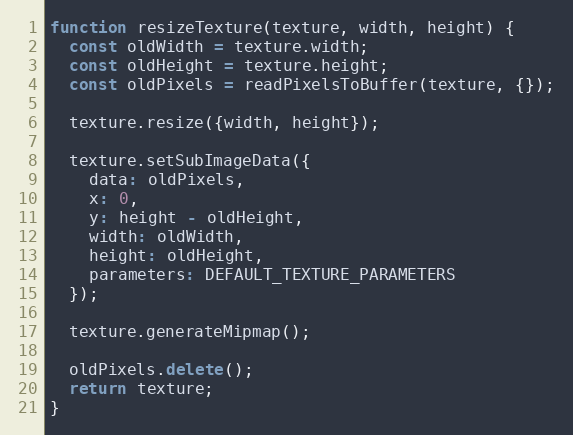
Language: JavaScript
function resizeTexture(texture, width, height) {
  const oldWidth = texture.width;
  const oldHeight = texture.height;
  const oldPixels = readPixelsToBuffer(texture, {});

  texture.resize({width, height});

  texture.setSubImageData({
    data: oldPixels,
    x: 0,
    y: height - oldHeight,
    width: oldWidth,
    height: oldHeight,
    parameters: DEFAULT_TEXTURE_PARAMETERS
  });

  texture.generateMipmap();

  oldPixels.delete();
  return texture;
}